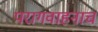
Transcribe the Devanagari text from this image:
परागवाहनाचं